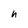
Character: h